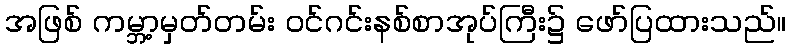
အဖြစ် ကမ္ဘာ့မှတ်တမ်း ဝင်ဂင်းနစ်စာအုပ်ကြီး၌ ဖော်ပြထားသည်။